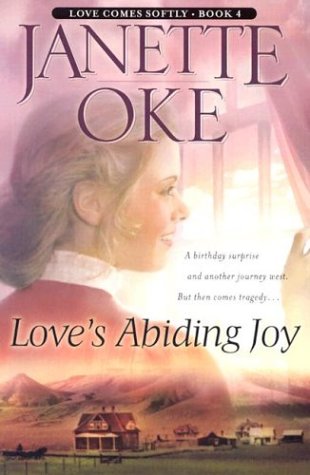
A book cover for Love's Abiding Joy (Love Comes Softly Series #4); Janette Oke; Religion & Spirituality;